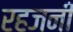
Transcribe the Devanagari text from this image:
रहजनी